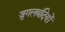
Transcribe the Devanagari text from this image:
जुगलबंदियों